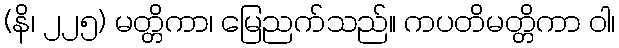
(နိ၊ ၂၂၅) မတ္တိကာ၊ မြေညက်သည်။ ကပတိမတ္တိကာ ဝါ၊